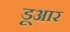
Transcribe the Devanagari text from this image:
डूआर